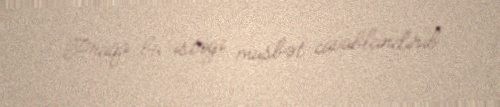
Praqa bu istəyi müsbət cavablandırıb.